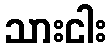
သားငါး